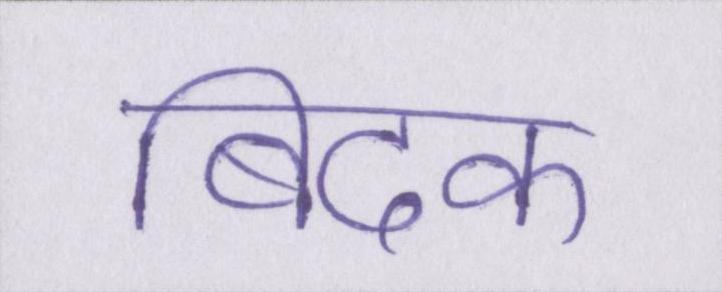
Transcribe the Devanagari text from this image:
बिदक